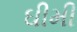
ઘીમી